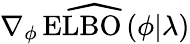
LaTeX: \widehat{\nabla_{\phi}\operatorname{ELBO}\left(\phi\vert\lambda\right)}